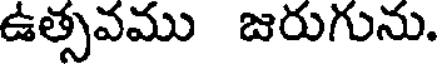
ఉత్సవము జరుగును.